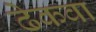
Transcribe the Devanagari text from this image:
ढेकवा